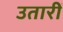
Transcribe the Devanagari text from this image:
उतारीं